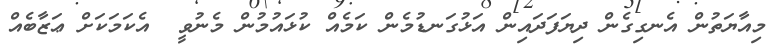
މިއާޔަތުން އެނގިގެން ދިޔަފަދައިން އަޅުގަނޑުމެން ކަމެއް ކުޅައުމުން މެނުވީ  އެކަމަކަށް ޢަޒާބެއް